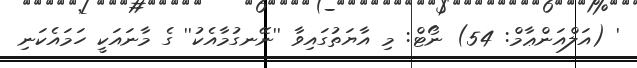
' (އަލްއަންޢާމް: 54) ނޯޓް: މި އާޔަތުގައިވާ ''ނޭނގުމާއެކު'' ގެ މާނައަކީ ހަމައެކަނި